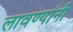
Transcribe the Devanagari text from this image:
लावण्यांनी